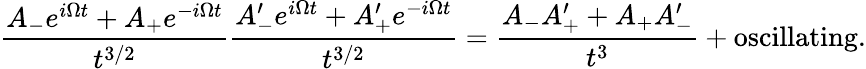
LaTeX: \frac{A_{-}e^{i\Omega t}+A_{+}e^{-i\Omega t}}{t^{3/2}}\frac{A_{-}^{\prime}e^{i\Omega t}+A_{+}^{\prime}e^{-i\Omega t}}{t^{3/2}}=\frac{A_{-}A_{+}^{\prime}+A_{+}A_{-}^{\prime}}{t^{3}}+\mathrm{oscillating}.